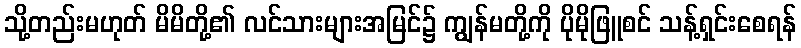
သို့တည်းမဟုတ် မိမိတို့၏ လင်သားများအမြင်၌ ကျွန်မတို့ကို ပိုမိုဖြူစင် သန့်ရှင်းစေရန်